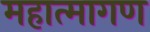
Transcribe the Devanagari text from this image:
महात्मागण